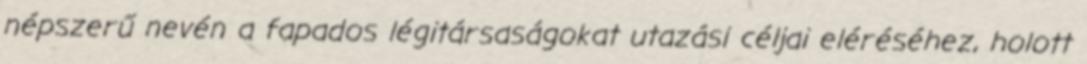
népszerű nevén a fapados légitársaságokat utazási céljai eléréséhez, holott